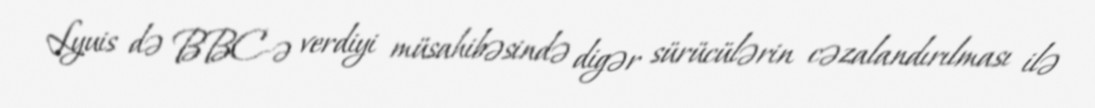
Lyuis də BBC-ə verdiyi müsahibəsində digər sürücülərin cəzalandırılması ilə